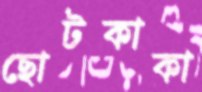
ছোটকাকা